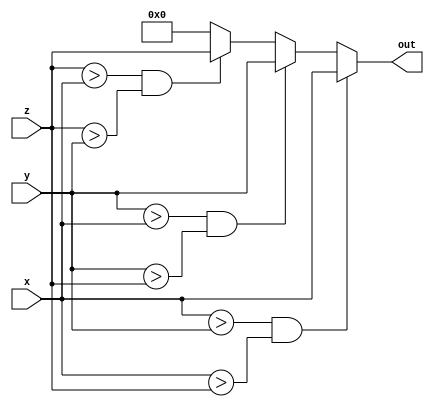
`timescale 1ns / 1ps

module comparator (x,y,z,out);

    input [7:0] x,y,z;
    output reg [7:0] out;
    
    initial begin
        out = 8'b0;
     end

    always @ (x,y,z)
    begin
        if ((x > y) & (x > z)) 
            out = x;
        
        else if ((y > x) & (y > z))
            out = y;
        
        else if ((z > x) & (z > y))
            out = z;
        
        else 
            out = 8'b0;
    end
    
endmodule